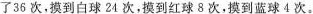
了36次，摸到白球24次，摸到红球8次，摸到蓝球4次。